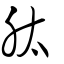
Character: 肽